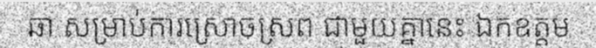
ឆា សម្រាប់ការស្រោចស្រព ជាមួយគ្នានេះ ឯកឧត្តម